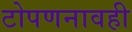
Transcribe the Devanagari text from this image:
टोपणनावही